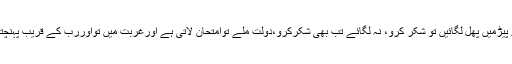
اللہ جی تمہارے پیڑمیں پھل لگائیں تو شکر کرو، نہ لگائے تب بھی شکرکرو،دولت ملے توامتحان لاتی ہے اورغربت میں تواوررب کے قریب پہنچتاہے،یہی توہے۔